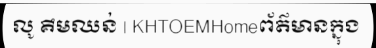
លូ គឹមឈន់ | KHTOEMHomeព័ត៌មានក្នុង